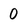
Character: 0